Vital statistics of India. Vol. VI, European troops 1870-79
Year: 1870
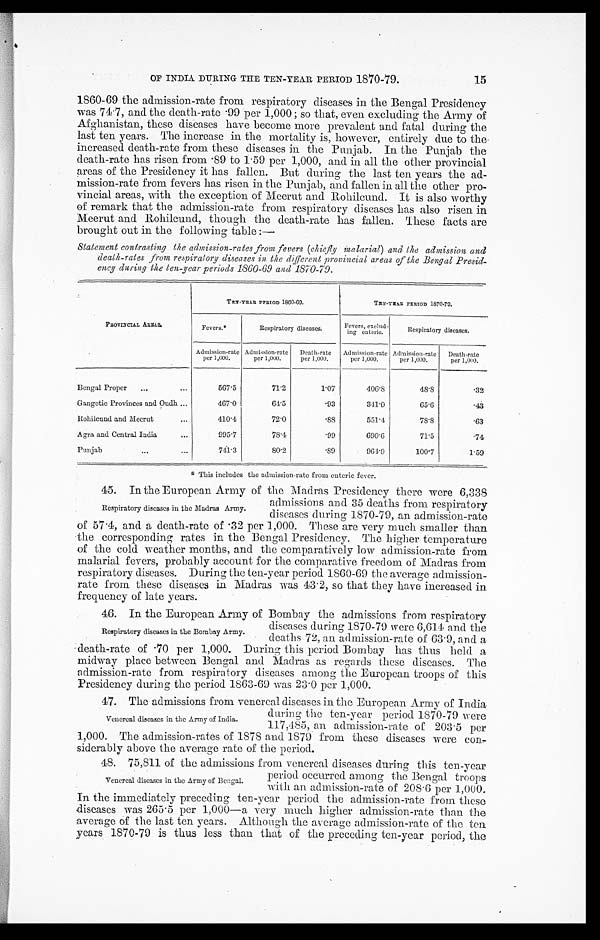
OF INDIA DURING- THE TEN-YEAR PERIOD 1870-79.
15
1860-69 the admission-rate from respiratory diseases in the Bengal Presidency
was 74.7, and the death-rate .99 per 1,000; so that, even excluding the Army of
Afghanistan, these diseases have become more prevalent and fatal during the
last ten years. The increase in the mortality is, however, entirely due to the
increased death-rate from these diseases in the Punjab. In the Punjab the
death-rate has risen from • 89 to 1 . 59 per 1,000, and in all the other provincial
areas of the Presidency it has fallen. But during the last ten years the ad-
mission-rate from fevers has risen in the Punjab, and fallen in all the other pro-
vincial areas, with the exception of Meerut and Rohilcund. It is also worthy
of remark that the admission-rate from respiratory diseases has also risen in
Meerut and Rohilcund, though the death-rate has fallen. These facts are
brought out in the following table :—
Statement contrasting the admission-rates from fevers (chiefly inalarial) and the admission and
death-rates from respiralory diseases in the dyferent provincial areas of the Bengal Presid-
-
ency during the ten-year Periods 1860-69 and 1870-79.
PROVINCIAL ARRAS.
TEN-YEAR PERIOD 1860-69.
TEN-YEAR PERIOD 1870-79.
Fevers.*
Respiratory diseases.
Fevers, exclud-
ing enteric.
Respiratory diseases.
Admission-rate
per 1,000.
Admission-rate
per 1,000.
Death-rate
per 1,000,
Admission-rate
per 1,000.
Admission-rate
per 1,000.
Death-rate
per 1,000.
Bengal Proper
567.5
71.2
1.07
406.8
48.8
.32
Gangetic Provinces and Oudh
467-0
64.5
.93
341.0
65.6
43
Rohilcund and Meerut
410.4
72.0
88
551.4
78.8
63
Agra and Central India
995.7
78.4
99
690.6
71.5
74
Punjab
741.3
80.2
89
964.9
100.7
1.59
This includes the admission-rate from enteric fever.
45. Tn the European Army of the Madras Presidency there were 6,338
admissions and 35 deaths from respiratory
diseases during 1870-79, an admission-rate
of 57 .4, and a death-rate of 32 per 1,000. These are very much smaller than
'the corresponding rates in the Bengal Presidency. The higher temperature
of the cold weather months, and the comparatively low admission-rate from
malarial fevers, probably account for the comparative freedom of Madras from
respiratory diseases. During the ten-year period 1800-69 the average admission-
rate from these diseases in Madras was 43 . 2, so that they have increased in
frequency of late years.
46. In the European Army of Bombay the admissions from respiratory
diseases during 1870-79 were 6,614 and the
deaths 72, an admission-rate of 63 . 9, and a _
death-rate of .70 per 1,000. During this period Bombay has thus held a
midway place between Bengal and Madras as regards these diseases. The
admission-rate from respiratory diseases among are European troops of this
Presidency during the period 1863-69 was 23 . 0 per 1,000.
47. The admissions from venereal diseases in the European Army of India
during the ten-year period 1870-79 were
117,485, an admission-rate of 203 . 5 per
1,000. The admission-rates of 1878 and 1879 from these diseases were con-
siderably above the average rate of the period.
48. 75,811 of the admissions from venereal diseases during this ten-year
Respiratory diseases in the Madras Army.
Respiratory diseases in the Bombay Army.
Venereal diseases in the Army of India.
Venereal diseases in the Army of Bengal.
period occurred among the Bengal troops
with an admission-rate of 208.6 per 1,000.
In the immediately preceding ten-year period the admission-rate from these
diseases was 265 . 5 per 1,000—a very much higher admission-rate than the
average of the last ten years. Although the average admission-rate of the ten
years 1870-79 is thus less than that of the preceding ten-year period, the